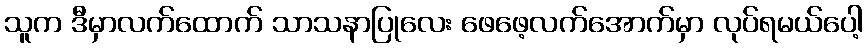
သူက ဒီမှာလက်ထောက် သာသနာပြုလေး ဖေဖေ့လက်အောက်မှာ လုပ်ရမယ်ပေါ့